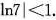
$$\ln 7| < 1 $$.